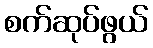
စက်ဆုပ်ဖွယ်